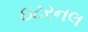
ઇટરનલ